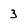
Character: 3